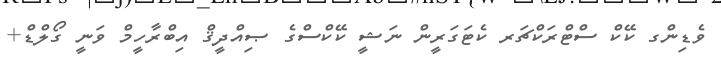
ވެޑިންގ ކޭކް ސްޓްރަކްޗަރ ކެޓަގަރީން ނަޝީ ކޭކްސްގެ ޞިއްދީޤް އިބްރާހީމް ވަނީ ގޯލްޑް+